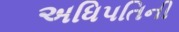
અધિપતિની